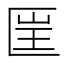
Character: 𠥆